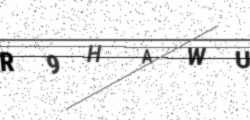
Text: R9HAWU